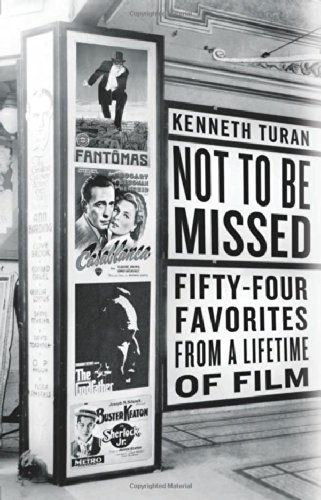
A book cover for Not to be Missed: Fifty-four Favorites from a Lifetime of Film; Kenneth Turan; Humor & Entertainment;